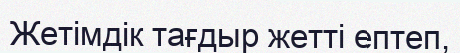
Жетімдік тағдыр жетті ептеп,